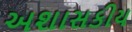
અશાસકીય